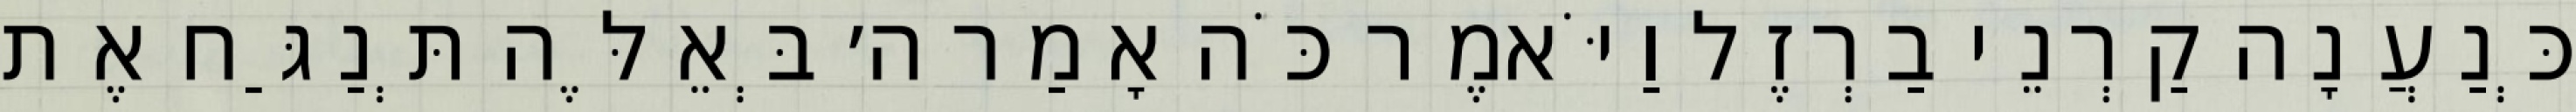
כְּנַעֲנָה קַרְנֵי בַרְזֶל וַיֹּאמֶר כֹּה אָמַר ה׳ בְּאֵלֶּה תְּנַגַּח אֶת